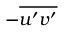
- \overline { { u ^ { \prime } v ^ { \prime } } }